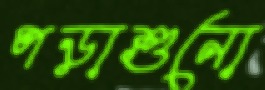
পড়াশুনো